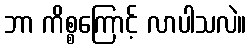
ဘာ ကိစ္စကြောင့် လာပါသလဲ။